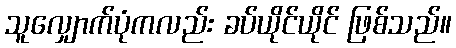
သူလျှောက်ပုံကလည်း ခပ်ယိုင်ယိုင် ဖြစ်သည်။